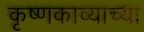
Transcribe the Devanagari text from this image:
कृष्णकाव्याच्या